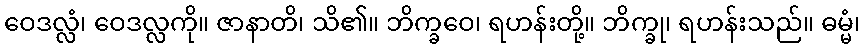
ဝေဒလ္လံ၊ ဝေဒလ္လကို။ ဇာနာတိ၊ သိ၏။ ဘိက္ခဝေ၊ ရဟန်းတို့။ ဘိက္ခု၊ ရဟန်းသည်။ ဓမ္မံ၊